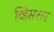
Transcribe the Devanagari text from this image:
व्हिसरल